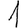
Digit: 1